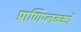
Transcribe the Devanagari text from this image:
प्राणिप्लवकों